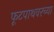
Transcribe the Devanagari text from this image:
फूटपाथवरच्या